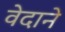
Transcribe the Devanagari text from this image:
वेदाने